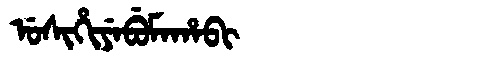
Manchu: ᡠᠰᡳᡥᡳᠶᡝᠪᡠᠮᠠᡥᠠᠪᡳ
Romanization: USIHIYEBUMAHABI